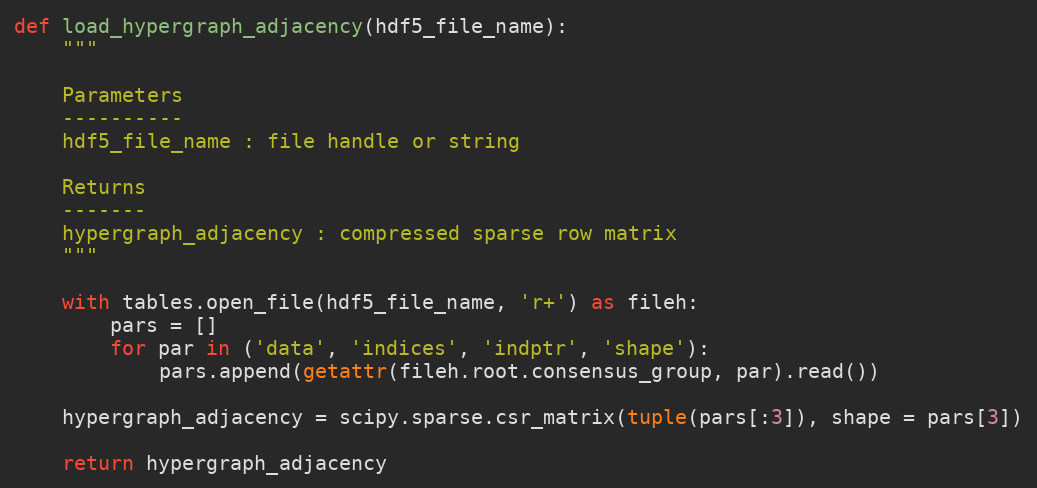
Language: Python
def load_hypergraph_adjacency(hdf5_file_name):
    """

    Parameters
    ----------
    hdf5_file_name : file handle or string

    Returns
    -------
    hypergraph_adjacency : compressed sparse row matrix
    """

    with tables.open_file(hdf5_file_name, 'r+') as fileh:
        pars = []
        for par in ('data', 'indices', 'indptr', 'shape'):
            pars.append(getattr(fileh.root.consensus_group, par).read())

    hypergraph_adjacency = scipy.sparse.csr_matrix(tuple(pars[:3]), shape = pars[3])

    return hypergraph_adjacency